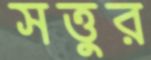
সত্তুর